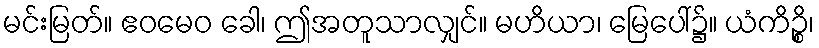
မင်းမြတ်။ ဧဝမေဝ ခေါ၊ ဤအတူသာလျှင်။ မဟိယာ၊ မြေပေါ်၌။ ယံကိဉ္စိ၊